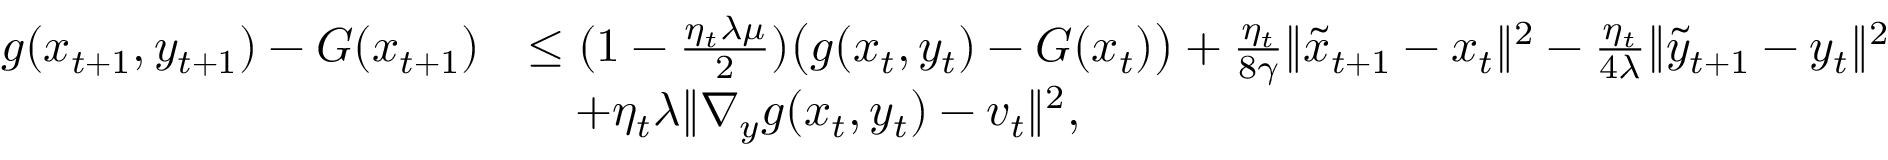
\begin{array} { r l } { g ( x _ { t + 1 } , y _ { t + 1 } ) - G ( x _ { t + 1 } ) } & { \leq ( 1 - \frac { \eta _ { t } \lambda \mu } { 2 } ) \big ( g ( x _ { t } , y _ { t } ) - G ( x _ { t } ) \big ) + \frac { \eta _ { t } } { 8 \gamma } \| \tilde { x } _ { t + 1 } - x _ { t } \| ^ { 2 } - \frac { \eta _ { t } } { 4 \lambda } \| \tilde { y } _ { t + 1 } - y _ { t } \| ^ { 2 } } \\ & { \quad + \eta _ { t } \lambda \| \nabla _ { y } g ( x _ { t } , y _ { t } ) - v _ { t } \| ^ { 2 } , } \end{array}